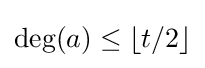
\deg(a)\leq \lfloor t/2\rfloor